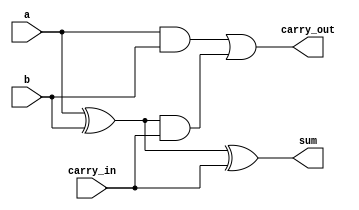
`timescale 1ns / 1ps

module Full_Adder(input a, b, carry_in, output reg sum, carry_out);
    always @(a or b or carry_in)
    begin
        sum = a ^ b ^ carry_in;
        carry_out = a & b | (a^b) & carry_in;
    end
endmodule

module Full_Adder_Last(input a_row, b_row, b, carry_in, output reg sum, carry_out);
    always @(a_row or b_row or b or carry_in)
    begin
        sum = (a_row&b_row) ^ b ^ carry_in;
        carry_out = (a_row&b_row) & b | ((a_row&b_row)^b) & carry_in;
    end
endmodule

module mux(input a, b, select, output reg out);
    always @(a or b or select)
    begin
        out = (a&~select)|(b&select);
    end
endmodule 

module tri_state(input a, enable, output reg out);
    always @(a or enable)
    begin
    if (enable == 0)
        out = 1'bz;        
    else
        out = a;
    end
endmodule

module two_in_and_gate(input a, b, output reg z);
    always @(a or b)
    begin
        z = a & b;
    end
endmodule

module Full_Adder_RB_Four_In(input last_carry, a_old, a_new, b_old, b_new, carry_in, output carry_out, sum);
    wire FA_in0, FA_in1, FA_carry_in, FA_out0, FA_out1, and0_out, and1_out;
    two_in_and_gate and0(.a(a_old), .b(b_new), .z(and0_out));
    two_in_and_gate and1(.a(a_new), .b(b_old), .z(and1_out));
    tri_state tri_0(.a(and0_out), .enable(b_new), .out(FA_in0));
    tri_state tri_1(.a(and1_out), .enable(b_new), .out(FA_in1));
    tri_state tri_2(.a(carry_in), .enable(b_new), .out(FA_carry_in));
    Full_Adder FA(.a(FA_in0), .b(FA_in1), .carry_in(FA_carry_in), .sum(FA_out1), .carry_out(FA_out0));
    mux mux0(.a(last_carry), .b(FA_out0), .select(b_new), .out(carry_out));
    mux mux1(.a(and1_out), .b(FA_out1), .select(b_new), .out(sum));
endmodule

module Full_Adder_RB_three_In(input last_carry, a_old, b_new, in1, carry_in, output carry_out, sum);
    wire FA_in0, FA_in1, FA_carry_in, FA_out0, FA_out1, and0_out;
    two_in_and_gate and0(.a(a_old), .b(b_new), .z(and0_out));
    tri_state tri_0(.a(and0_out), .enable(b_new), .out(FA_in0));
    tri_state tri_1(.a(in1), .enable(b_new), .out(FA_in1));
    tri_state tri_2(.a(carry_in), .enable(b_new), .out(FA_carry_in));
    Full_Adder FA(.a(FA_in0), .b(FA_in1), .carry_in(FA_carry_in), .sum(FA_out1), .carry_out(FA_out0));
    mux mux0(.a(last_carry), .b(FA_out0), .select(b_new), .out(carry_out));
    mux mux1(.a(in1), .b(FA_out1), .select(b_new), .out(sum));
endmodule

module ArrayMultiplier_row_bypass_generic(product, a, b);
    parameter m = 64;
    parameter n = 64;
    output wire [m+n-1:0] product;
    input[m-1:0] a;
    input[n-1:0] b;

    wire c_partial[(m-1)*(n)-1:0];
    wire s_partial[(m-1)*(n)-1:0];

    //generate first product bit
    two_in_and_gate two_and(.a(a[0]), .b(b[0]), .z(product[0]));

    //generate first row of the multiplier
    genvar i;
    generate
        for(i=0; i<m-1; i=i+1)
        begin
            //Full_Adder_RB_Four_In(input last_carry, a_old, a_new, b_old, b_new, carry_in, output carry_out, sum);
            Full_Adder_RB_Four_In FA_first(.last_carry(1'b0), .a_old(a[i]), .a_new(a[i+1]), .b_old(b[0]), .b_new(b[1]), .carry_in(1'b0),
             .sum(s_partial[i]), .carry_out(c_partial[i]));
        end
    endgenerate

    //generate middle rows of the multiplier except last column
    genvar j, k;
    generate
        for(k=0; k<n-2; k=k+1) //row
        begin
            for(j=0; j<m-2; j=j+1)  //column
            begin
                //Full_Adder_RB_three_In(input last_carry, a_old, b_new, in1, carry_in, output carry_out, sum);
                Full_Adder_RB_three_In FA_middle(.last_carry(c_partial[((m-1)*k)+j+1]), .a_old(a[j]), .b_new(b[k+2]), .in1(s_partial[((m-1)*k)+(j+1)]), .carry_in(c_partial[((m-1)*k)+j]),
                 .sum(s_partial[((m-1)*(k+1))+j]), .carry_out(c_partial[((m-1)*(k+1))+j]));
            end
        end
    endgenerate

    //generate middle lines of the multiplier - last column of each row
    genvar z;
    generate
        for(z=0; z<n-2; z=z+1)
        begin
            //Full_Adder_RB_Four_In(input last_carry, a_old, a_new, b_old, b_new, carry_in, output carry_out, sum);
            Full_Adder_RB_Four_In FA_middle_last_column(.last_carry(1'b0), .a_old(a[m-2]), .a_new(a[m-1]), .b_old(b[z+1]), .b_new(b[z+2]), .carry_in(c_partial[(m-1)*(z)+(m-2)]),
             .sum(s_partial[((m-1)*(z+1))+(m-2)]), .carry_out(c_partial[((m-1)*(z+1))+(m-2)]));
        end
    endgenerate
    
    wire extra_logic_wires[2+(3*(n-3)):0];
    genvar h;
    generate
        for(h = 0; h<n-1; h=h+1)
        begin
            if(h==0) //first column of additional logic
            begin
                two_in_and_gate and_first_column(.a(c_partial[((m-1)*h)]), .b(b[h+2]), .z(extra_logic_wires[0]));
            end else if (h==1)
            begin
                Full_Adder FA_second_row_extra(.a(s_partial[((m-1)*h)]), .b(1'b0), .carry_in(extra_logic_wires[0]), 
                 .sum(extra_logic_wires[1]), .carry_out(extra_logic_wires[2]));
                two_in_and_gate and_second_row_extra(.a(c_partial[((m-1)*h)]), .b(b[h+2]), .z(extra_logic_wires[3]));
            end else if (h < m-2) //all rows after first two except last row
            begin
                Full_Adder FA_second_row_extra(.a(s_partial[((m-1)*h)]), .b(extra_logic_wires[3*(h-1)]), .carry_in(extra_logic_wires[3*(h-1)-1]), 
                 .sum(extra_logic_wires[3*(h)-2]), .carry_out(extra_logic_wires[3*(h)-1]));
                two_in_and_gate and_second_row_extra(.a(c_partial[((m-1)*h)]), .b(b[h+2]), .z(extra_logic_wires[3*h]));
            end
        end
    endgenerate

    //generate last line of the multiplier
    genvar l;
    generate
        for(l=0; l<n; l=l+1)
        begin
            if(l==0) //first FA in last row
            begin
                Full_Adder FA_LR_first_column(.a(s_partial[((m-1)*(n-2))]), .b(extra_logic_wires[3*(m-3)]), .carry_in(extra_logic_wires[3*(m-3)-1]),
                 .sum(extra_logic_wires[1+(3*(n-3))]), .carry_out(extra_logic_wires[2+(3*(n-3))]));
            end else if (l < n-1)
            begin
                if(l==1)
                begin
                    Full_Adder FA_LR(.a(s_partial[((m-1)*(n-2))+l]), .b(c_partial[((m-1)*(n-2))+l-1]), .carry_in(extra_logic_wires[2+(3*(n-3))]),
                     .sum(s_partial[((m-1)*(n-1))+l-1]), .carry_out(c_partial[((m-1)*(n-1))+l-1]));
                end else begin
                    Full_Adder FA_LR(.a(s_partial[((m-1)*(n-2))+l]), .b(c_partial[((m-1)*(n-2))+l-1]), .carry_in(extra_logic_wires[2+(3*(n-3))]),
                     .sum(s_partial[((m-1)*(n-1))+l-1]), .carry_out(c_partial[((m-1)*(n-1))+l-1]));
                end
            end else begin
                Full_Adder_Last FA_Last(.a_row(a[m-1]), .b_row(b[n-1]), .b(c_partial[((m-1)*(n-2))+l-1]), .carry_in(c_partial[((m-1)*(n-1))+1]),
                 .sum(s_partial[((m-1)*(n-1))+l-1]), .carry_out(c_partial[((m-1)*(n-1))+l-1]));
            end
        end
    endgenerate

    //end product bits from first and middle cells
    generate
        for(i=0; i<n-1; i=i+1)
        begin
            if(i==0)
            begin
                buf (product[i+1], s_partial[(m-1)*i]);
            end else begin
                buf (product[i+1], extra_logic_wires[(i*3)-2]);
            end
        end
    endgenerate

    //end product bits for last line of cells
    generate
        for(i=0; i<n-1; i=i+1)
        begin
            buf (product[i+n], s_partial[((m-1)*(n-1))+i]);
        end
    endgenerate

    //msb of product
    buf (product[m+n-1], c_partial[((m-1)*(n))-1]);
endmodule